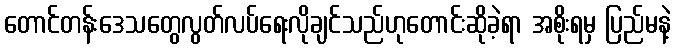
တောင်တန်းဒေသတွေလွတ်လပ်ရေးလိုချင်သည်ဟုတောင်းဆိုခဲ့ရာ အစိုးရမှ ပြည်မနဲ့